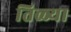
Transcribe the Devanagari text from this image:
तिळ्या